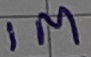
Text: 1M